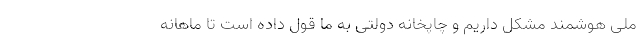
ملی هوشمند مشکل داریم و چاپخانه دولتی به ما قول داده است تا ماهانه